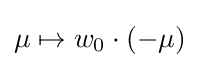
\mu \mapsto w_{0}\cdot (-\mu )